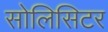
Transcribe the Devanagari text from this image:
सोलिसिटर